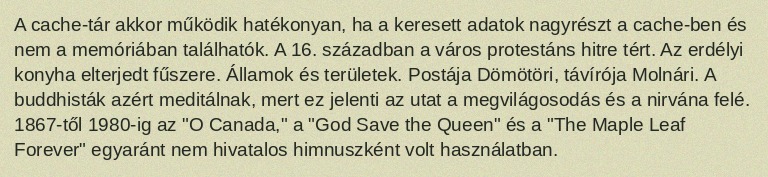
A cache-tár akkor működik hatékonyan, ha a keresett adatok nagyrészt a cache-ben és nem a memóriában találhatók. A 16. században a város protestáns hitre tért. Az erdélyi konyha elterjedt fűszere. Államok és területek. Postája Dömötöri, távírója Molnári. A buddhisták azért meditálnak, mert ez jelenti az utat a megvilágosodás és a nirvána felé. 1867-től 1980-ig az "O Canada," a "God Save the Queen" és a "The Maple Leaf Forever" egyaránt nem hivatalos himnuszként volt használatban.